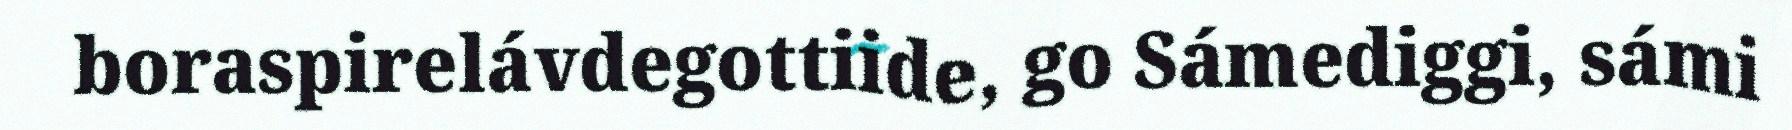
boraspirelávdegottiide, go Sámediggi, sámi